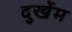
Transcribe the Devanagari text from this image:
दुर्खेम